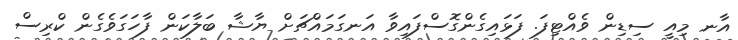
އާނ މިއީ ސިޑިން ވެއްޓިފަ. ފަޅައިގެންގޮސްފައިވާ އަނގަމައްޗަށް ޔާޝާ ބަލާކަން ފާހަގަވެގެން ކްރިސް